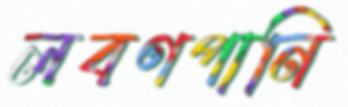
লবণপানি